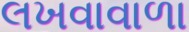
લખવાવાળા